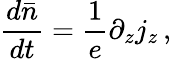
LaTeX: \frac{d\bar{n}}{dt}=\frac{1}{e}\partial_{z}j_{z}\, ,